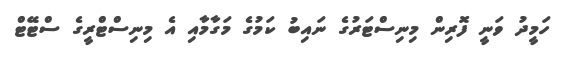
ހަމީދު ވަނީ ފޮރިން މިނިސްޓަރުގެ ނައިބު ކަމުގެ މަގާމާއި އެ މިނިސްޓްރީގެ ސްޓޭޓް